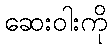
ဆေးဝါးကို